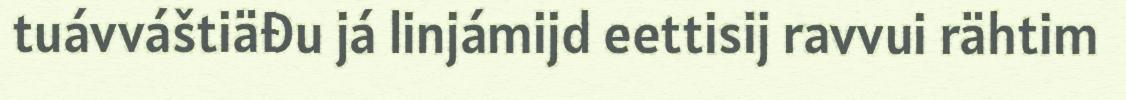
tuávváštiäđu já linjámijd eettisij ravvui rähtim